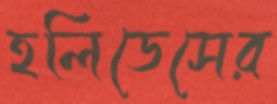
হলিডেসের